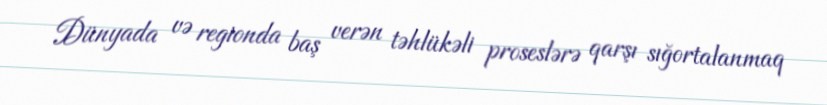
Dünyada və regionda baş verən təhlükəli proseslərə qarşı sığortalanmaq